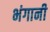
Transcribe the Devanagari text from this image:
भंगानी